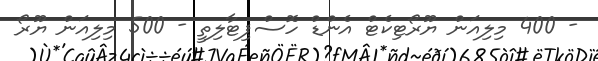
- 400 މިލިއަން ޔޫރޯޓިކެޓް އެންޑް ހޮސްޕިޓާލިތީ - 500 މިލިއަން ޔޫރޯ